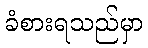
ခံစားရသည်မှာ